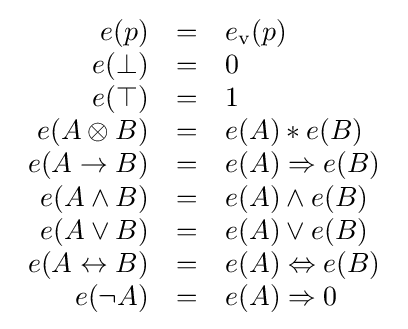
{\begin{array}{rcl}e(p)&=&e_{\mathrm {v} }(p)\\e(\bot )&=&0\\e(\top )&=&1\\e(A\otimes B)&=&e(A)\ast e(B)\\e(A\rightarrow B)&=&e(A)\Rightarrow e(B)\\e(A\wedge B)&=&e(A)\wedge e(B)\\e(A\vee B)&=&e(A)\vee e(B)\\e(A\leftrightarrow B)&=&e(A)\Leftrightarrow e(B)\\e(\neg A)&=&e(A)\Rightarrow 0\end{array}}